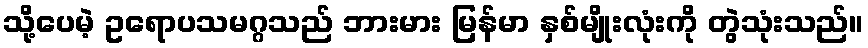
သို့ပေမဲ့ ဥရောပသမဂ္ဂသည် ဘားမား မြန်မာ နှစ်မျိုးလုံးကို တွဲသုံးသည်။